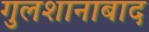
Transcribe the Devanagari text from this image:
गुलशानाबाद